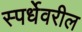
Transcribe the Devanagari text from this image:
स्पर्धेवरील